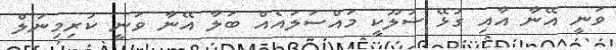
ވަނީ އޭނާ އާއި ގުޅޭ ސުލޫކީ މައްސަލައެއް ބަލާ އޭނާ ވަނީ ކުރިމިނަލް